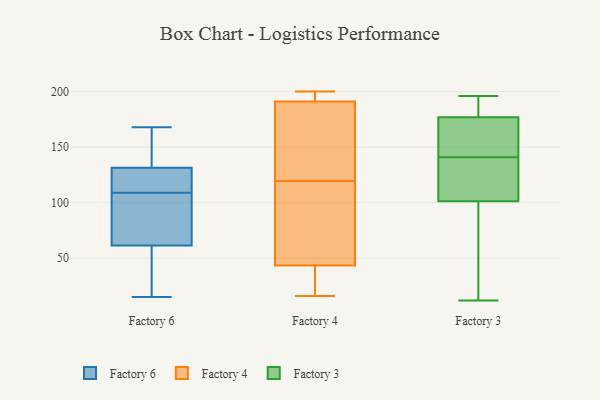
{"axis": {"x": "Backlog", "y": "Value"}, "legend": ["Factory 3", "Factory 4", "Factory 6"], "data": [{"x": "", "y": 116, "type": "Factory 6"}, {"x": "", "y": 36, "type": "Factory 6"}, {"x": "", "y": 168, "type": "Factory 6"}, {"x": "", "y": 114, "type": "Factory 6"}, {"x": "", "y": 128, "type": "Factory 6"}, {"x": "", "y": 145, "type": "Factory 6"}, {"x": "", "y": 120, "type": "Factory 6"}, {"x": "", "y": 125, "type": "Factory 6"}, {"x": "", "y": 15, "type": "Factory 6"}, {"x": "", "y": 56, "type": "Factory 6"}, {"x": "", "y": 30, "type": "Factory 6"}, {"x": "", "y": 135, "type": "Factory 6"}, {"x": "", "y": 67, "type": "Factory 6"}, {"x": "", "y": 73, "type": "Factory 6"}, {"x": "", "y": 136, "type": "Factory 6"}, {"x": "", "y": 147, "type": "Factory 6"}, {"x": "", "y": 103, "type": "Factory 6"}, {"x": "", "y": 104, "type": "Factory 6"}, {"x": "", "y": 46, "type": "Factory 6"}, {"x": "", "y": 77, "type": "Factory 6"}, {"x": "", "y": 200, "type": "Factory 4"}, {"x": "", "y": 196, "type": "Factory 4"}, {"x": "", "y": 163, "type": "Factory 4"}, {"x": "", "y": 143, "type": "Factory 4"}, {"x": "", "y": 21, "type": "Factory 4"}, {"x": "", "y": 48, "type": "Factory 4"}, {"x": "", "y": 29, "type": "Factory 4"}, {"x": "", "y": 73, "type": "Factory 4"}, {"x": "", "y": 169, "type": "Factory 4"}, {"x": "", "y": 84, "type": "Factory 4"}, {"x": "", "y": 196, "type": "Factory 4"}, {"x": "", "y": 96, "type": "Factory 4"}, {"x": "", "y": 187, "type": "Factory 4"}, {"x": "", "y": 39, "type": "Factory 4"}, {"x": "", "y": 195, "type": "Factory 4"}, {"x": "", "y": 16, "type": "Factory 4"}, {"x": "", "y": 25, "type": "Factory 3"}, {"x": "", "y": 192, "type": "Factory 3"}, {"x": "", "y": 102, "type": "Factory 3"}, {"x": "", "y": 108, "type": "Factory 3"}, {"x": "", "y": 175, "type": "Factory 3"}, {"x": "", "y": 157, "type": "Factory 3"}, {"x": "", "y": 183, "type": "Factory 3"}, {"x": "", "y": 12, "type": "Factory 3"}, {"x": "", "y": 123, "type": "Factory 3"}, {"x": "", "y": 99, "type": "Factory 3"}, {"x": "", "y": 141, "type": "Factory 3"}, {"x": "", "y": 196, "type": "Factory 3"}, {"x": "", "y": 165, "type": "Factory 3"}]}